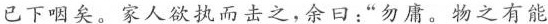
已下咽矣。家人欲执而击之，余曰：”勿庸。物之有能